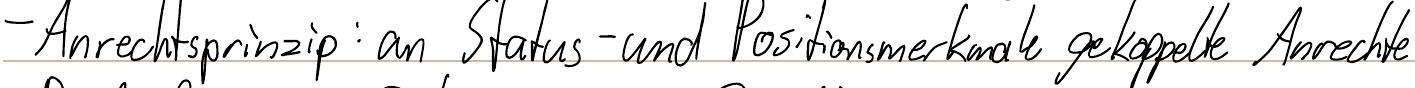
- Anrechtsprinzip: an Status- und Positionsmerkmale gekoppelte Anrechte